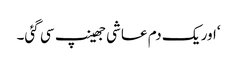
‘اور یک دم عاشی جھینپ سی گئی۔